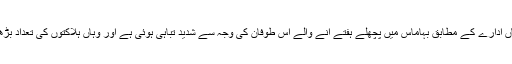
غیرملکی خبررساں ادارے کے مطابق بہاماس میں پچھلے ہفتے آنے والے اس طوفان کی وجہ سے شدید تباہی ہوئی ہے اور وہاں ہلاکتوں کی تعداد بڑھنے کا خدشہ ہے۔